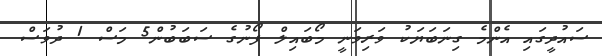
ސައުދީގައި އެންމެ ގިނަބަޔަކު ވަރިވަނީ މޯބައިލް ފޯނުގެ ސަބަބުން5 މަސް 1 ދުވަސް